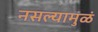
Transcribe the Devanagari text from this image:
नसल्यामुळं